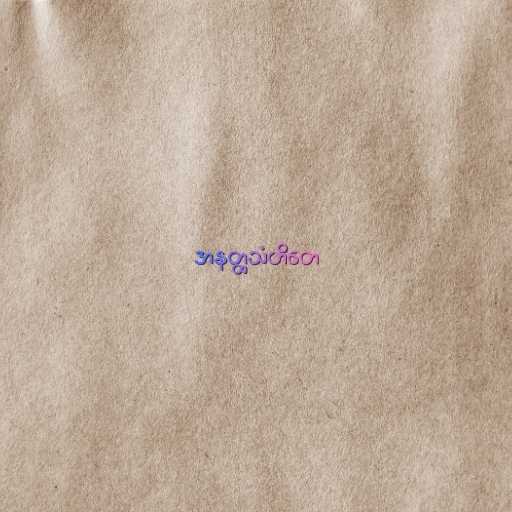
အနတ္ထသံဟိတေ